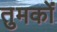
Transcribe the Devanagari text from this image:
तुमकों